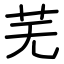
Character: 芜